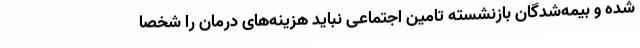
شده و بیمه‌شدگان بازنشسته تامین اجتماعی نباید هزینه‌های درمان را شخصا